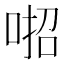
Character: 𠶅